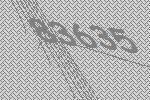
83635